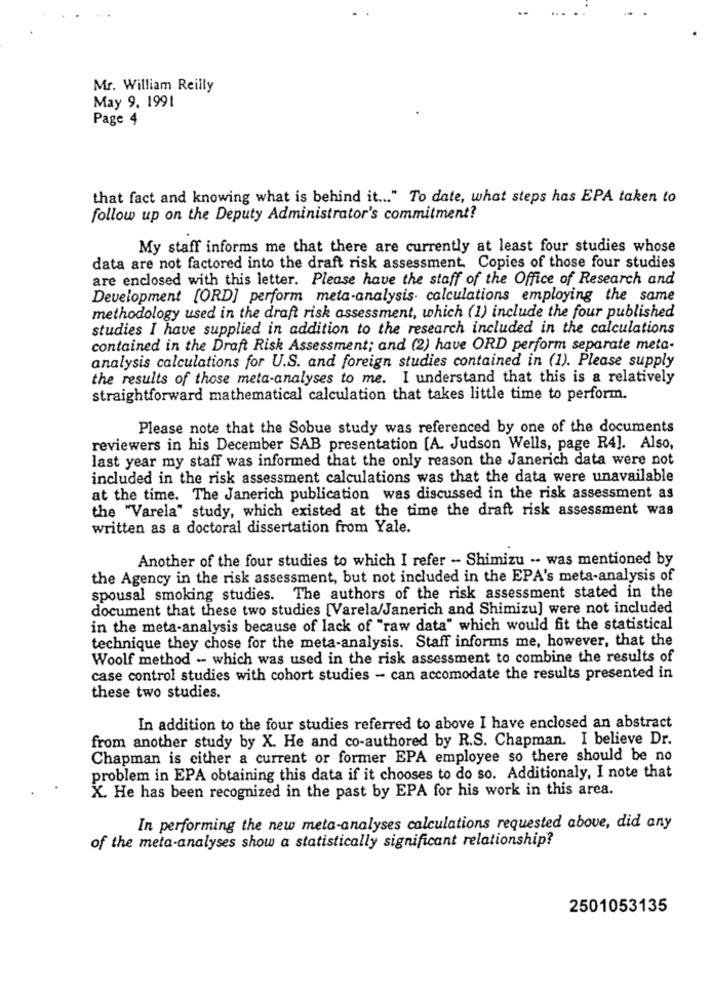
Mr. William Reilly
May 9, 1991
Page 4
that fact and knowing what is behind it ... " To date, what steps has EPA taken to
follow up on the Deputy Administrator's commitment?
My staff informs me that there are currently at least four studies whose
data are not factored into the draft risk assessment. Copies of those four studies
are enclosed with this letter. Please have the staff of the Office of Research and
Development [ORD] perform meta-analysis. calculations employing the same
methodology used in the draft risk assessment, which (1) include the four published
studies I have supplied in addition to the research included in the calculations
contained in the Draft Risk Assessment; and (2) have ORD perform separate meta-
analysis calculations for U.S. and foreign studies contained in (1). Please supply
the results of those meta-analyses to me. I understand that this is a relatively
straightforward mathematical calculation that takes little time to perform.
Please note that the Sobue study was referenced by one of the documents
reviewers in his December SAB presentation [A. Judson Wells, page R4]. Also,
last year my staff was informed that the only reason the Janerich data were not
included in the risk assessment calculations was that the data were unavailable
at the time. The Janerich publication was discussed in the risk assessment as
the "Varela" study, which existed at the time the draft risk assessment was
written as a doctoral dissertation from Yale.
Another of the four studies to which I refer - Shimizu .. was mentioned by
the Agency in the risk assessment, but not included in the EPA's meta-analysis of
spousal smoking studies. The authors of the risk assessment stated in the
document that these two studies [Varela/Janerich and Shimizu] were not included
in the meta-analysis because of lack of "raw data" which would fit the statistical
technique they chose for the meta-analysis. Staff informs me, however, that the
Woolf method -- which was used in the risk assessment to combine the results of
case control studies with cohort studies - can accomodate the results presented in
these two studies.
In addition to the four studies referred to above I have enclosed an abstract
from another study by X. He and co-authored by R.S. Chapman. I believe Dr.
Chapman is either a current or former EPA employee so there should be no
problem in EPA obtaining this data if it chooses to do so. Additionaly, I note that
X. He has been recognized in the past by EPA for his work in this area.
In performing the new meta-analyses calculations requested above, did any
of the meta-analyses show a statistically significant relationship?
2501053135